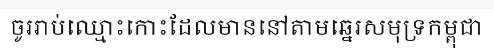
ចូររាប់ឈ្មោះកោះដែលមាននៅតាមឆ្នេរសមុទ្រកម្ពុជា